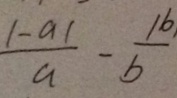
\frac { \vert - a \vert } { a } - \frac { \vert b \vert } { b }